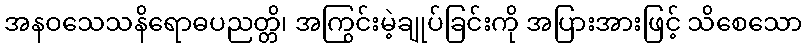
အနဝသေသနိရောဓပညတ္တိ၊ အကြွင်းမဲ့ချုပ်ခြင်းကို အပြားအားဖြင့် သိစေသော